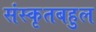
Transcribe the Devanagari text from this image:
संस्कृतबहुल